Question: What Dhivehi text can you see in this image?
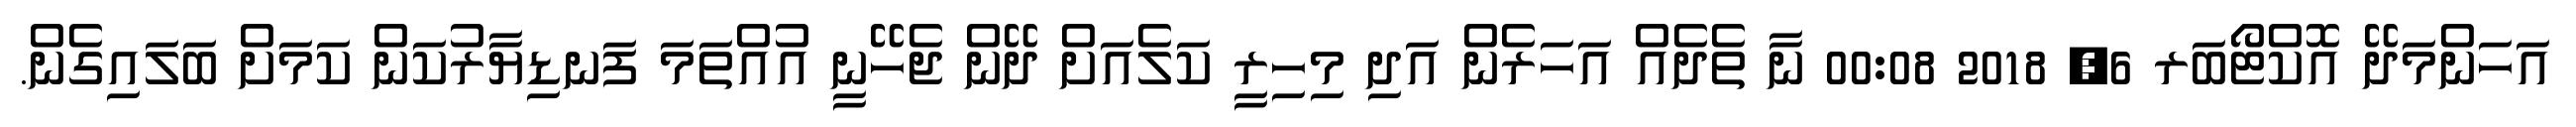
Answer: އަހަންމަދޭ އޮކްޓޯބަރ 6, 2018 00:08 ނާ ތެދެއް އަހަރެން އަދި މިހިރީ ކަލެއަށް ދޭން ޖެހޭނީ އުއްތަމަ ފަނޑިޔާރުކަން ކަމަށް ބަލައިގެން.